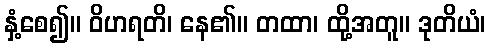
နှံ့စေ၍။ ဝိဟရတိ၊ နေ၏။ တထာ၊ ထို့အတူ။ ဒုတိယံ၊